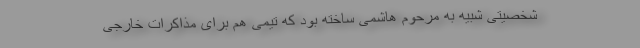
شخصیتی شبیه به مرحوم هاشمی ساخته بود که تیمی هم برای مذاکرات خارجی